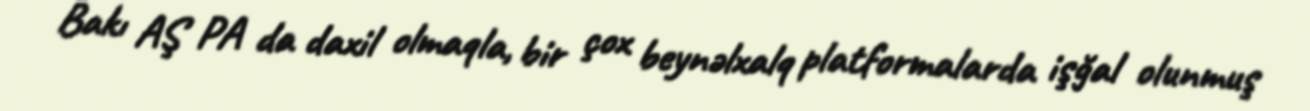
Bakı AŞ PA da daxil olmaqla, bir çox beynəlxalq platformalarda işğal olunmuş